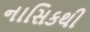
નાસિકથી